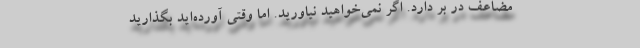
مضاعف در بر دارد. اگر نمی‌خواهید نیاورید. اما وقتی آورده‌اید بگذارید